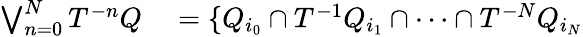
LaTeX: \begin{array}{rl}{\bigvee_{n=0}^{N}T^{-n}Q}&{{}=\{ Q_{i_{0}}\cap T^{-1}Q_{i_{1}}\cap\cdots\cap T^{-N}Q_{i_{N}}}\end{array}